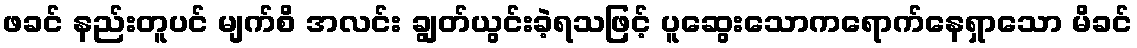
ဖခင် နည်းတူပင် မျက်စိ အလင်း ချွတ်ယွင်းခဲ့ရသဖြင့် ပူဆွေးသောကရောက်နေရှာသော မိခင်